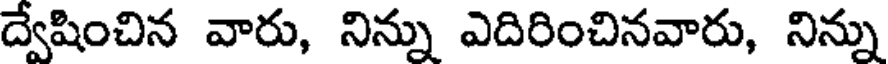
ద్వేషించిన వారు, నిన్ను ఎదిరించినవారు, నిన్ను